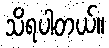
သိရပါတယ်။